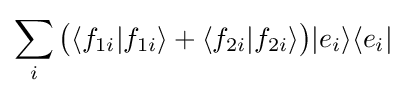
\sum _{i}{\big (}\langle f_{1i}|f_{1i}\rangle +\langle f_{2i}|f_{2i}\rangle {\big )}|e_{i}\rangle \langle e_{i}|